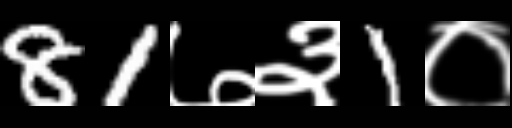
Text: 81७३1०